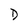
Character: D